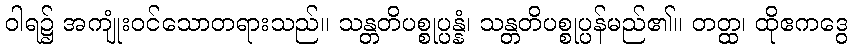
ဝါရ၌ အကျုံးဝင်သောတရားသည်။ သန္တတိပစ္စုပ္ပန္နံ၊ သန္တတိပစ္စုပ္ပန်မည်၏။ တတ္ထ၊ ထိုဧကဒွေ